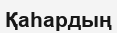
Қаһардың